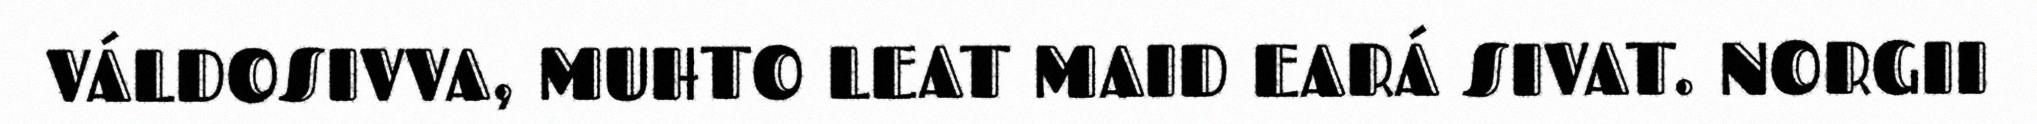
VÁLDOSIVVA, MUHTO LEAT MAID EARÁ SIVAT. NORGII